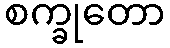
စက္ခုတော